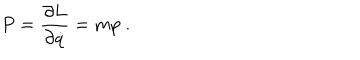
LaTeX: P = { \frac { \partial L } { \partial { \dot { q } } } } = m p \; .